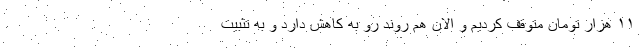
۱۱ هزار تومان متوقف کردیم و الان هم روند رو به کاهش دارد و به تثبیت